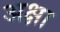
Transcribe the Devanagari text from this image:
अक्षा